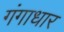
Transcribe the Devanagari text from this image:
गंगाधार